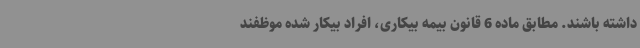
داشته باشند. مطابق ماده 6 قانون بیمه بیکاری، افراد بیکار شده موظفند